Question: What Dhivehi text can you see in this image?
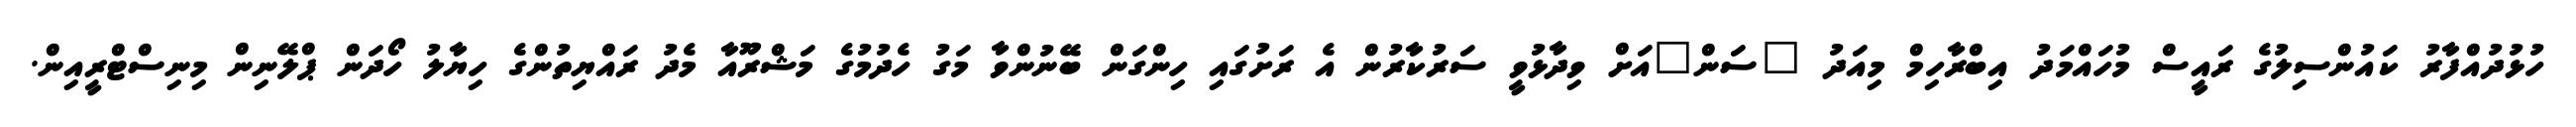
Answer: ހުޅުދުއްފާރު ކައުންސިލުގެ ރައީސް މުހައްމަދު އިބްރާހިމް މިއަދު "ސަން"އަށް ވިދާޅުވީ ސަރުކާރުން އެ ރަށުގައި ހިންގަން ބޭނުންވާ މަގު ހެދުމުގެ މަޝްރޫއާ މެދު ރައްޔިތުންގެ ހިޔާލު ހޯދަން ޕްލޭނިން މިނިސްޓްރީއިން.